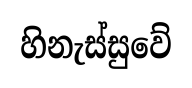
හිනැස්සුවේ